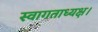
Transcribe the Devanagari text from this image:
स्वागताध्यक्ष।